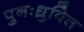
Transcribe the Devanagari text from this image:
पुनःध्रुवित